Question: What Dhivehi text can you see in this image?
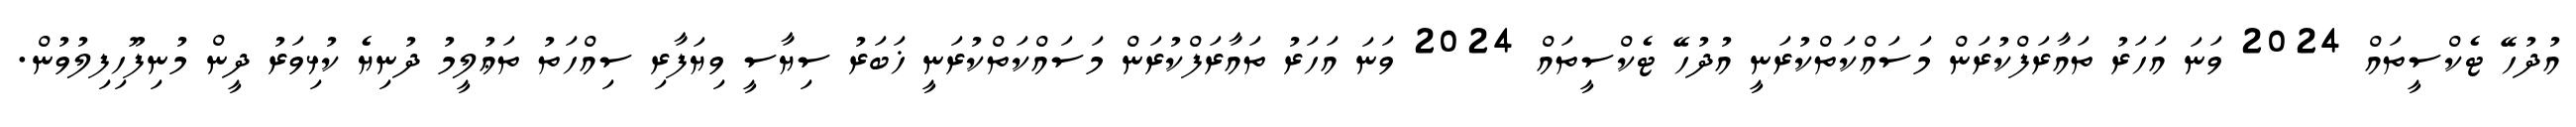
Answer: އުދުހޭ ޓެކްސީތައް 2024 ވަނަ އަހަރު ތައާރަފްކުރަން މަސައްކަތްކުރަނީ އުދުހޭ ޓެކްސީތައް 2024 ވަނަ އަހަރު ތައާރަފްކުރަން މަސައްކަތްކުރަނީ ޚަބަރު ސިޔާސީ ވިޔަފާރި ސިއްހަތު ތަޢުލީމު ދުނިޔެ ކުޅިވަރު ދީން މުނިފޫހިފިލުވުން.